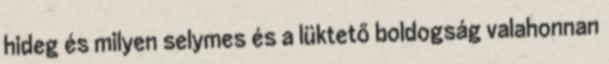
hideg és milyen selymes és a lüktető boldogság valahonnan